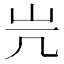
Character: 𡵂